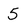
Character: 5